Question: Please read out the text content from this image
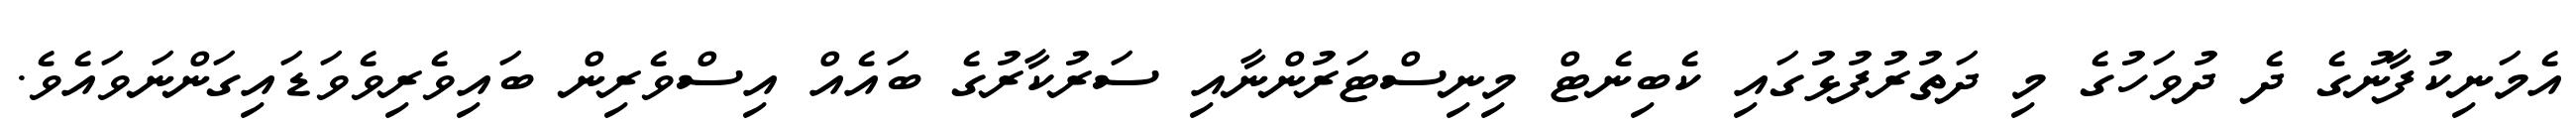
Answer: އެމަނިކުފާނުގެ ދެ ދުވަހުގެ މި ދަތުރުފުޅުގައި ކެބިނެޓް މިނިސްޓަރުންނާއި ސަރުކާރުގެ ބައެއް އިސްވެރިން ބައިވެރިވެވަޑައިގަންނަވައެވެ.